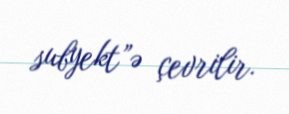
subyekt”ə çevrilir.